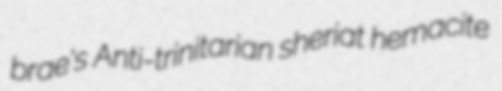
brae's Anti-trinitarian sheriat hemacite